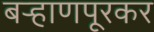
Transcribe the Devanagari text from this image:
बऱ्हाणपूरकर